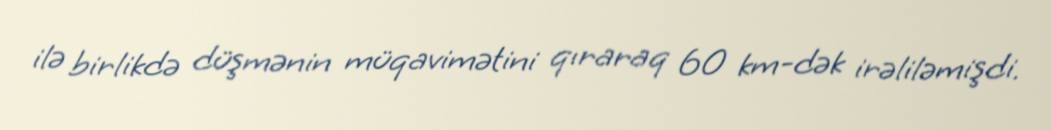
ilə birlikdə düşmənin müqavimətini qıraraq 60 km-dək irəliləmişdi.